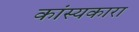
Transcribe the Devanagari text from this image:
कांस्यकारा